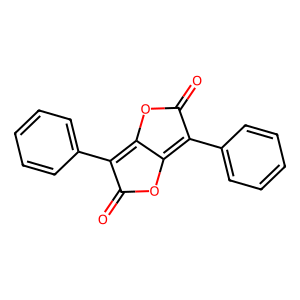
SMILES: O=C1OC2=C(c3ccccc3)C(=O)OC2=C1c1ccccc1
Inhibits HIV replication: No